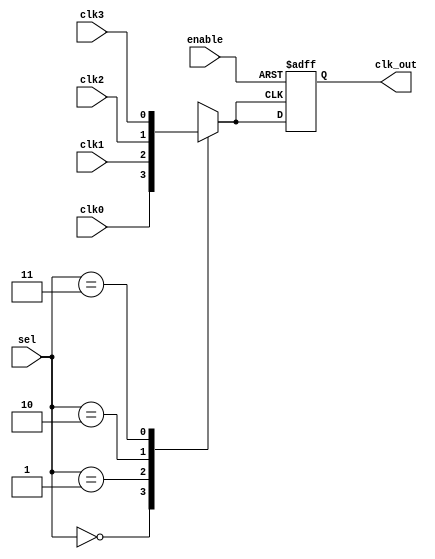
module ClockMuxBuffer (
    input wire       clk0,      // First input clock
    input wire       clk1,      // Second input clock
    input wire       clk2,      // Third input clock
    input wire       clk3,      // Fourth input clock
    input wire [1:0] sel,       // Clock selection signal (2-bit)
    input wire       enable,     // Enable signal
    output reg       clk_out     // Output clock
);

// Internal signal for selected clock
reg selected_clock;

// Multiplexer logic to select the appropriate clock
always @(*) begin
    case (sel)
        2'b00: selected_clock = clk0; // Select clk0
        2'b01: selected_clock = clk1; // Select clk1
        2'b10: selected_clock = clk2; // Select clk2
        2'b11: selected_clock = clk3; // Select clk3
        default: selected_clock = 1'b0; // Default case (shouldn't happen)
    endcase
end

// Buffering and enabling logic
always @(posedge selected_clock or negedge enable) begin
    if (!enable) begin
        clk_out <= 1'bz; // High impedance when disabled
    end else begin
        clk_out <= selected_clock; // Buffer the selected clock
    end
end

endmodule